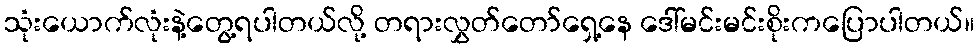
သုံးယောက်လုံးနဲ့တွေ့ရပါတယ်လို့ တရားလွှတ်တော်ရှေ့နေ ဒေါ်မင်းမင်းစိုးကပြောပါတယ်။